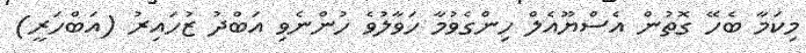
މިކަމާ ބެހޭ ގޮތުން އެސްޔޫއެލް ހިންގެވުމާ ހަވާލުވެ ހުންނެވި އަބްދު ޒުހައިރު (އަބްހަރީ)